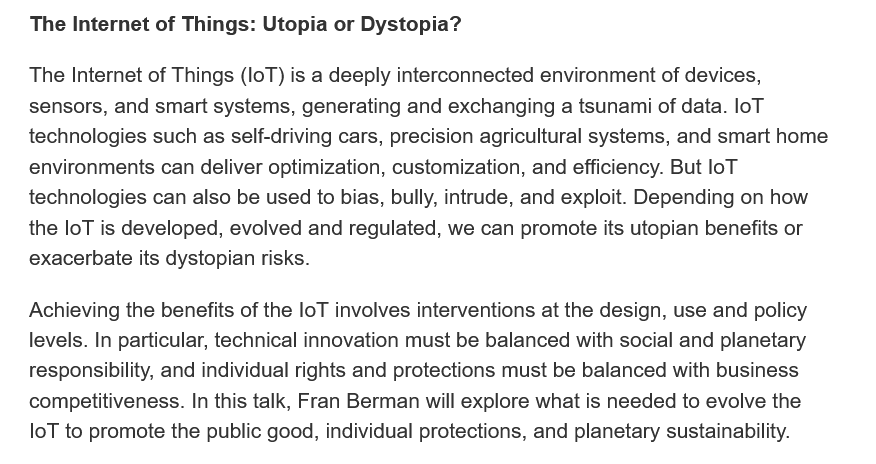
The Internet of Things: Utopia or Dystopia?
   The Internet of Things (loT) is a deeply interconnected environment of devices,
   sensors, and smart systems, generating and exchanging a tsunami of data. loT
   technologies such as self-driving cars, precision agricultural systems, and smart home
   environments can deliver optimization, customization, and efficiency. But loT
   technologies can also be used to bias, bully, intrude, and exploit. Depending on how
   the loT is developed, evolved and regulated, we can promote its utopian benefits or
   exacerbate its dystopian risks.
   Achieving the benefits of the loT involves interventions at the design, use and policy
   levels. In particular, technical innovation must be balanced with social and planetary
   responsibility, and individual rights and protections must be balanced with business
   competitiveness. In this talk, Fran Berman will explore what is needed to evolve the
   loT to promote the public good, individual protections, and planetary sustainability.